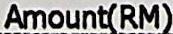
AMOUNT(RM)